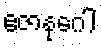
ဧဇာနုဂေါ